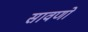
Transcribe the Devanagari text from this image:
सावणो